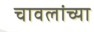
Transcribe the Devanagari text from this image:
चावलांच्या